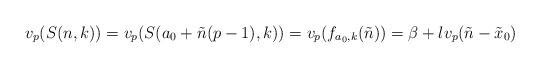
LaTeX: \begin{align*}v_p(S(n,k))=v_p(S(a_0+\tilde{n}(p-1),k))=v_p(f_{a_0,k}(\tilde{n}))=\beta+lv_p(\tilde{n}-\tilde{x}_0)\end{align*}